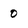
Character: 0